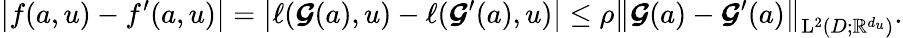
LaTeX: \left|f(a,u)-f^{\prime}(a,u)\right|=\left|\ell(\boldsymbol{\mathcal{G}}(a),u)-\ell(\boldsymbol{\mathcal{G}}^{\prime}(a),u)\right|\leq\rho\left\| \boldsymbol{\mathcal{G}}(a)-\boldsymbol{\mathcal{G}}^{\prime}(a)\right\| _{\mathrm{L}^{2}(D;\mathbb{R}^{d_{u}})}.